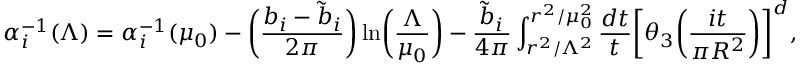
\alpha _ { i } ^ { - 1 } ( \Lambda ) = \alpha _ { i } ^ { - 1 } ( \mu _ { 0 } ) - \biggl ( \frac { b _ { i } - \tilde { b } _ { i } } { 2 \pi } \biggr ) \ln \biggl ( \frac { \Lambda } { \mu _ { 0 } } \biggr ) - \frac { \tilde { b } _ { i } } { 4 \pi } \int _ { r ^ { 2 } / \Lambda ^ { 2 } } ^ { r ^ { 2 } / \mu _ { 0 } ^ { 2 } } \frac { d t } { t } \biggl [ \theta _ { 3 } \biggl ( \frac { i t } { \pi R ^ { 2 } } \biggr ) \biggr ] ^ { d } ,